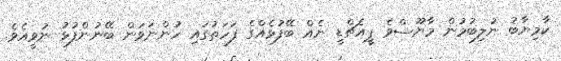
ކާމިޔާބު ނުލިބުމުން މާޔޫސްވެ ޕީއެޗްޑީ ނެއް ބޭފުޅެއްގެ ފަހަތުގައި ހުންނަވަން ބޭނުންފުޅު ނުވީއެވެ.